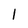
Character: I